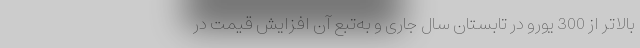
بالاتر از 300 یورو در تابستان سال جاری و به‌تبع آن افزایش قیمت در